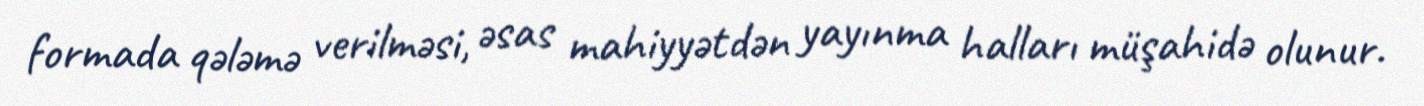
formada qələmə verilməsi, əsas mahiyyətdən yayınma halları müşahidə olunur.